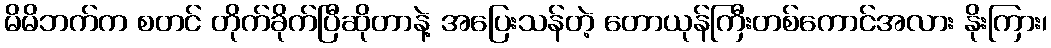
မိမိဘက်က စတင် တိုက်ခိုက်ပြီဆိုတာနဲ့ အပြေးသန်တဲ့ တောယုန်ကြီးတစ်ကောင်အလား နိုးကြား၊